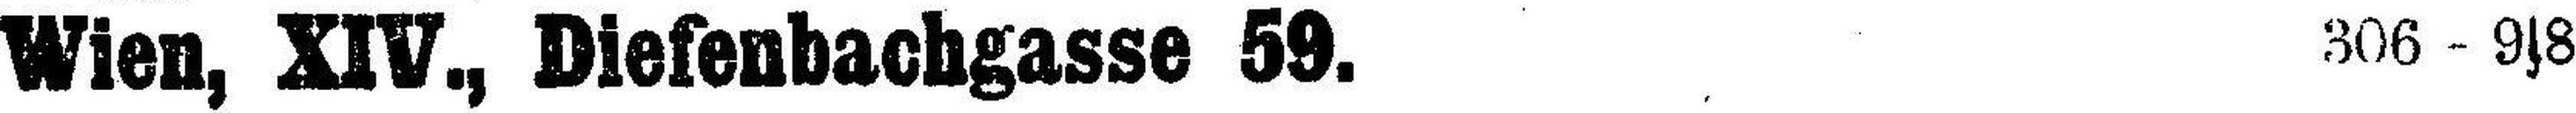
Wien, XIV., Diefenbachgasse 59. 306 - 9s8